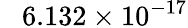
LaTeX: \phantom{+}6.132\times 10^{-17}